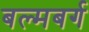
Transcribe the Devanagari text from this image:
बल्मबर्ग